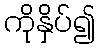
ကိုနှိပ်၍